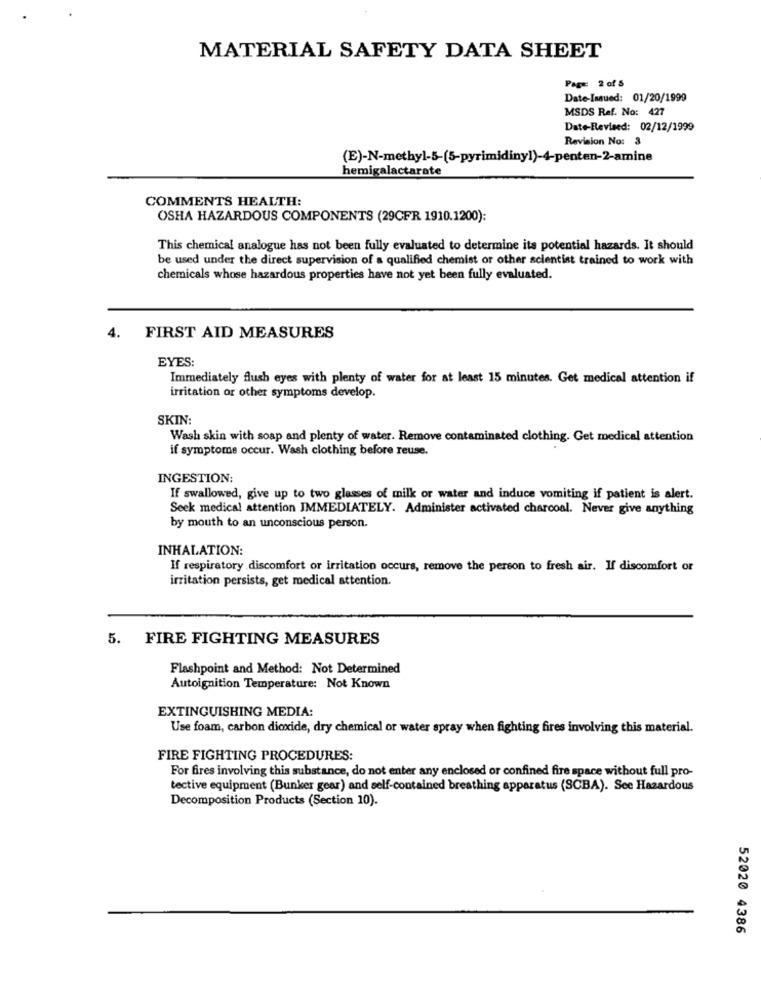
MATERIAL SAFETY DATA SHEET
Page: 2 of 5
Date-Issued: 01/20/1999
MSDS Ref. No: 427
Date-Revised: 02/12/1999
Revision No: 3
(E)-N-methyl-5-(5-pyrimidinyl)-4-penten-2-amine
hemigalactarate
COMMENTS HEALTH:
OSHA HAZARDOUS COMPONENTS (29CFR 1910.1200):
This chemical analogue has not been fully evaluated to determine its potential hazards. It should
be used under the direct supervision of a qualified chemist or other scientist trained to work with
chemicals whose hazardous properties have not yet been fully evaluated.
4.
FIRST AID MEASURES
EYES:
Immediately flush eyes with plenty of water for at least 15 minutes. Get medical attention if
irritation or other symptoms develop.
SKIN:
Wash skin with soap and plenty of water. Remove contaminated clothing. Get medical attention
if symptome occur. Wash clothing before reuse.
INGESTION:
If swallowed, give up to two glasses of milk or water and induce vomiting if patient is alert.
Seek medical attention IMMEDIATELY. Administer activated charcoal. Never give anything
by mouth to an unconscious person.
INHALATION:
If respiratory discomfort or irritation occurs, remove the person to fresh air. If discomfort or
irritation persists, get medical attention.
5. FIRE FIGHTING MEASURES
Flashpoint and Method: Not Determined
Autoignition Temperature: Not Known
EXTINGUISHING MEDIA:
Use foam, carbon dioxide, dry chemical or water spray when fighting fires involving this material.
FIRE FIGHTING PROCEDURES:
For fires involving this substance, do not enter any enclosed or confined fire space without full pro-
tective equipment (Bunker gear) and self-contained breathing apparatus (SCBA). See Hazardous
Decomposition Products (Section 10).
52020 4386